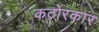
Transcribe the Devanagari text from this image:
कठोरकार